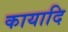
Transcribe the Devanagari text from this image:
कायादि